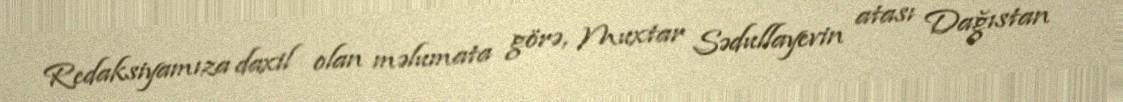
Redaksiyamıza daxil olan məlumata görə, Muxtar Sədullayevin atası Dağıstan